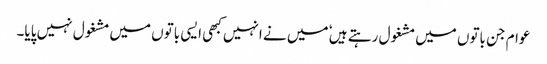
عوام جن باتوں میں مشغول رہتے ہیں ٗ میں نے انہیں کبھی ایسی باتوں میں مشغول نہیں پایا۔